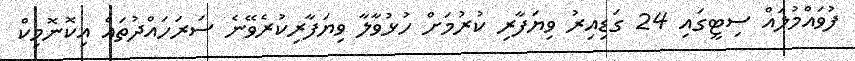
ފުވައްމުލައް ސިޓީގައި 24 ގަޑިއިރު ވިޔަފާރި ކުރުމަށް ހުޅުވާލާ ވިޔަފާރިކުރެވޭނެ ސަރަހައްދުތައް އިކޮނޮމިކް